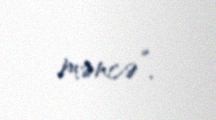
məncə”.